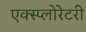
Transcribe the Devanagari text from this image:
एक्स्प्लोरेटरी